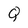
Character: Q